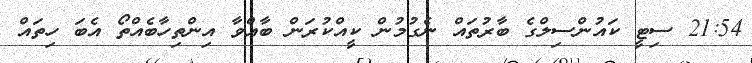
21:54 ސިޓީ ކައުންސިލްގެ ބާރުތައް ނެގުމުން ކީއްކުރަން ބާއްވާ އިންތިހާބެއްތޯ އެބަ ހިތައް